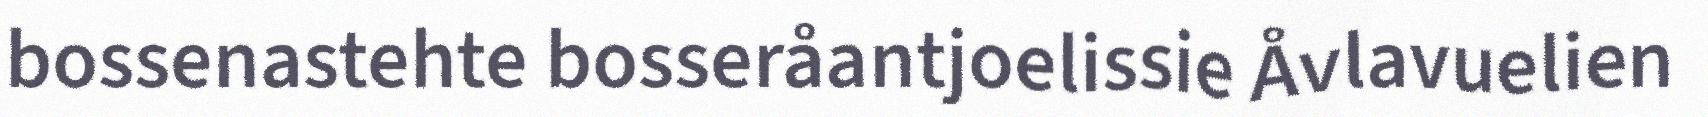
bossenastehte bosseråantjoelissie Åvlavuelien